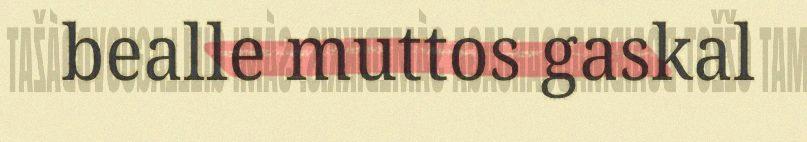
bealle muttos gaskal